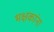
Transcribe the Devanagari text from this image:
भक्षकांना